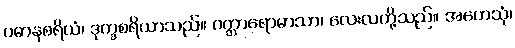
ပဓာနစရိယံ၊ ဒုက္ခစရိယာသည်။ ဝတ္တာရောမာသာ၊ လေးလတို့သည်။ အဟေသုံ၊